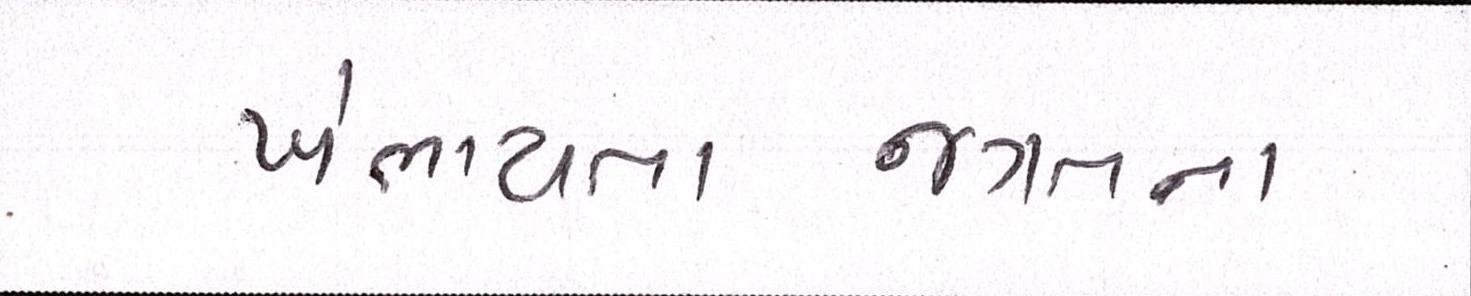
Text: ખંભાયતાજગતના